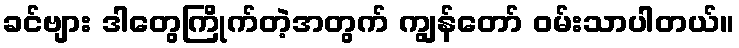
ခင်ဗျား ဒါတွေကြိုက်တဲ့အတွက် ကျွန်တော် ဝမ်းသာပါတယ်။